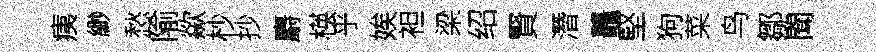
痍緲愁隃歘杪抄麝楧乎娭袒梁绍賢潛鼉堅狗菜鸟鄒聞